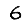
Digit: 6